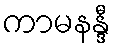
ကာမနန္ဒီ